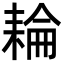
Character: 耣